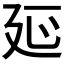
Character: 𭚒